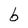
Character: b